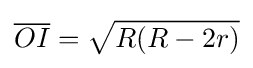
{\overline {OI}}={\sqrt {R(R-2r)}}